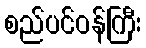
စည်ပင်ဝန်ကြီး